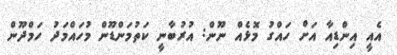
އެއީ އިންޑިއާ އަށް ހައްގު މޮޅެއް ނޫން: އުރުބާނީ ކަތުމަންޑޫން މުހައްމަދު ހަމްދޫން